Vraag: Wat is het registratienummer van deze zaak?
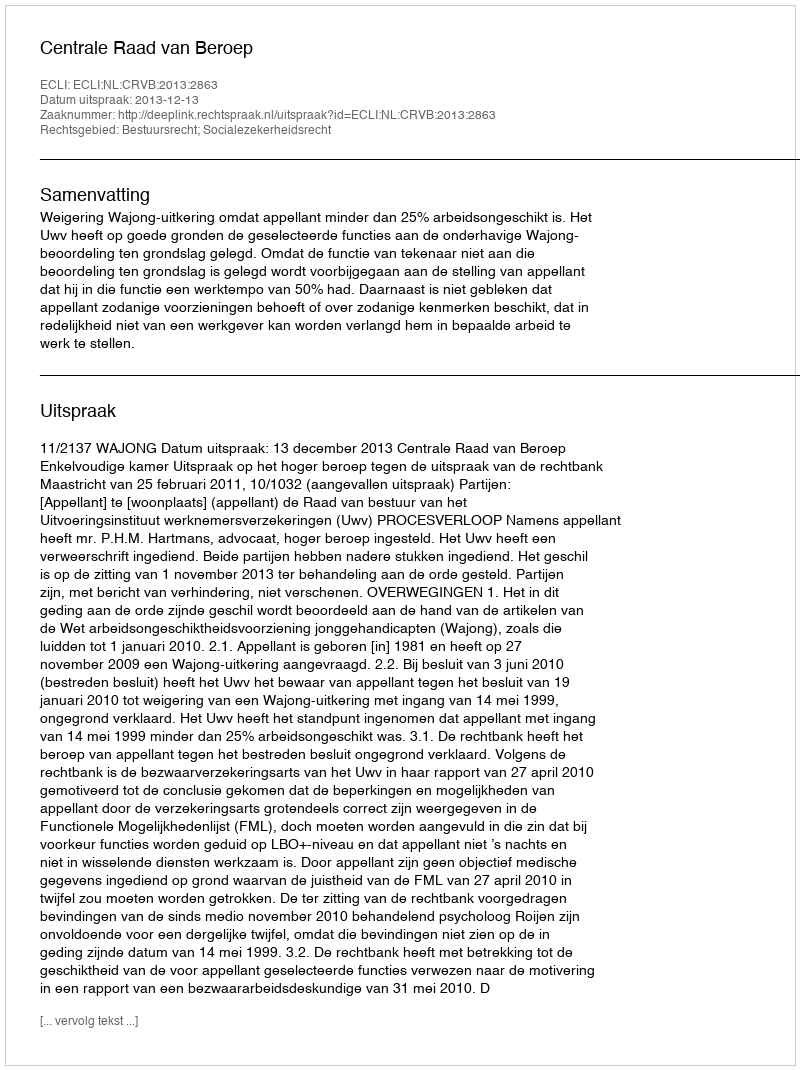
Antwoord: http://deeplink.rechtspraak.nl/uitspraak?id=ECLI:NL:CRVB:2013:2863